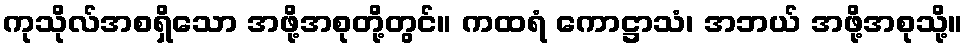
ကုသိုလ်အစရှိသော အဖို့အစုတို့တွင်။ ကထရံ ကောဋ္ဌာသံ၊ အဘယ် အဖို့အစုသို့။